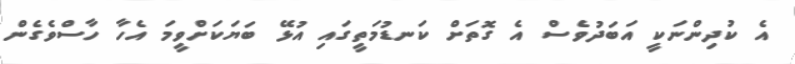
އެ ކުދިންނަކީ އަބަދުވެސް އެ ގޮތަށް ކަނޑުމަތީގައި އުޅޭ ބަޔަކަށްވީމަ އެހާ ހާސްވެގެން